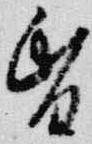
昏